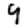
Digit: 9